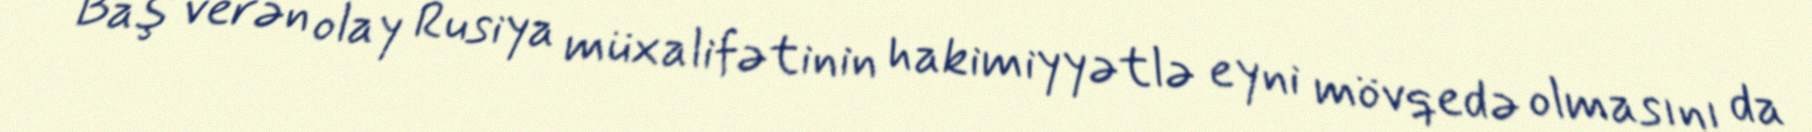
Baş verən olay Rusiya müxalifətinin hakimiyyətlə eyni mövqedə olmasını da